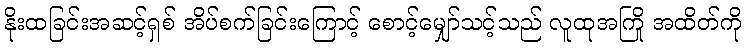
နိုးထခြင်းအဆင့်ရှစ် အိပ်စက်ခြင်းကြောင့် စောင့်မျှော်သင့်သည် လူထုအကြို အထိတ်ကို